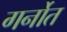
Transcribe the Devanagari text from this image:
गर्नोत